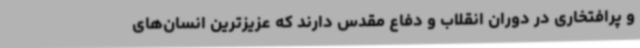
و پرافتخاری در دوران انقلاب و دفاع مقدس دارند که عزیزترین انسان‌های